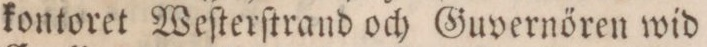
kontoret Weſterſtrand och Guvernören wid